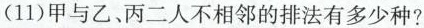
(11)甲与乙、丙二人不相邻的排法有多少种?